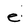
Character: e